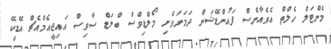
މެންޓަލް ހެލްތް އެވެއާނެސް ފައުންޑޭޝަން ދަމަނަވެށި މޯލްޑިވްސް ބްލަޑް ސާވިސް އައިޖީއެމްއެޗް އޭޑީކޭ